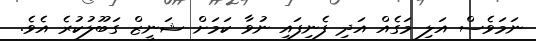
ނަމަވެސް އަލި މަގެއް އަދި ފެނިފައި ނުވާ ކަމަށް ޝަނީޒް ގަބޫލުކުރެ އެވެ.